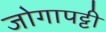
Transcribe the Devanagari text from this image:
जोगापट्टी